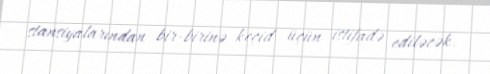
stansiyalarından bir-birinə keçid üçün istifadə ediləcək.